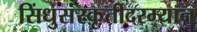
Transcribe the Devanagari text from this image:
सिंधुसंस्कृतीदरम्यान